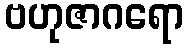
ဗဟုဇာဂရော